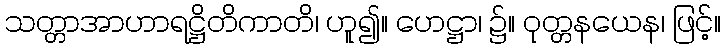
သတ္တာအာဟာရဋ္ဌိတိကာတိ၊ ဟူ၍။ ဟေဋ္ဌာ၊ ၌။ ဝုတ္တနယေန၊ ဖြင့်။